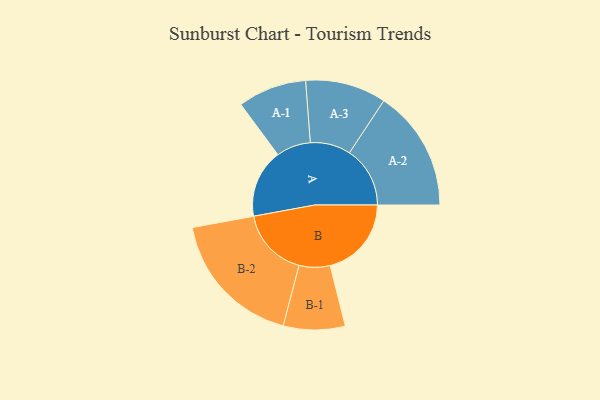
{"axis": {"x": "Segment", "y": "Value"}, "legend": ["", "A", "B"], "data": [{"x": "A", "y": 295, "type": ""}, {"x": "B", "y": 350, "type": ""}, {"x": "A-1", "y": 148, "type": "A"}, {"x": "A-2", "y": 261, "type": "A"}, {"x": "A-3", "y": 174, "type": "A"}, {"x": "B-1", "y": 133, "type": "B"}, {"x": "B-2", "y": 299, "type": "B"}]}